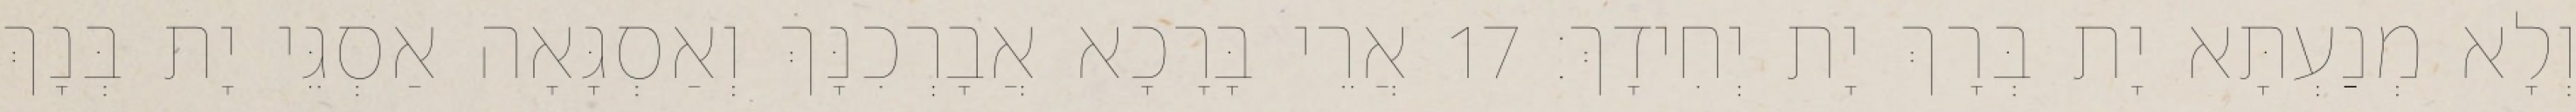
וְלָא מְנַעְתָּא יָת בְּרָךְ יָת יְחִידָךְ׃ 17 אֲרֵי בָּרָכָא אֲבָרְכִנָּךְ וְאַסְגָּאָה אַסְגֵּי יָת בְּנָךְ